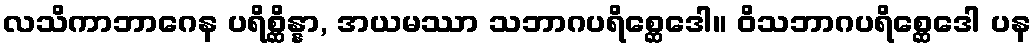
လသိကာဘာဂေန ပရိစ္ဆိန္နာ, အယမဿာ သဘာဂပရိစ္ဆေဒေါ။ ဝိသဘာဂပရိစ္ဆေဒေါ ပန